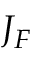
J _ { F }